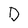
Character: D